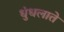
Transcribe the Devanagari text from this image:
धुंधलाते